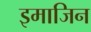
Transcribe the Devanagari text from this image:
इमाजिन